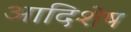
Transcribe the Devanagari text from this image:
आदिशेष